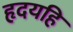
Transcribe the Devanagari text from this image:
हृदयहि